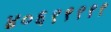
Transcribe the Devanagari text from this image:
४०६९९९९९